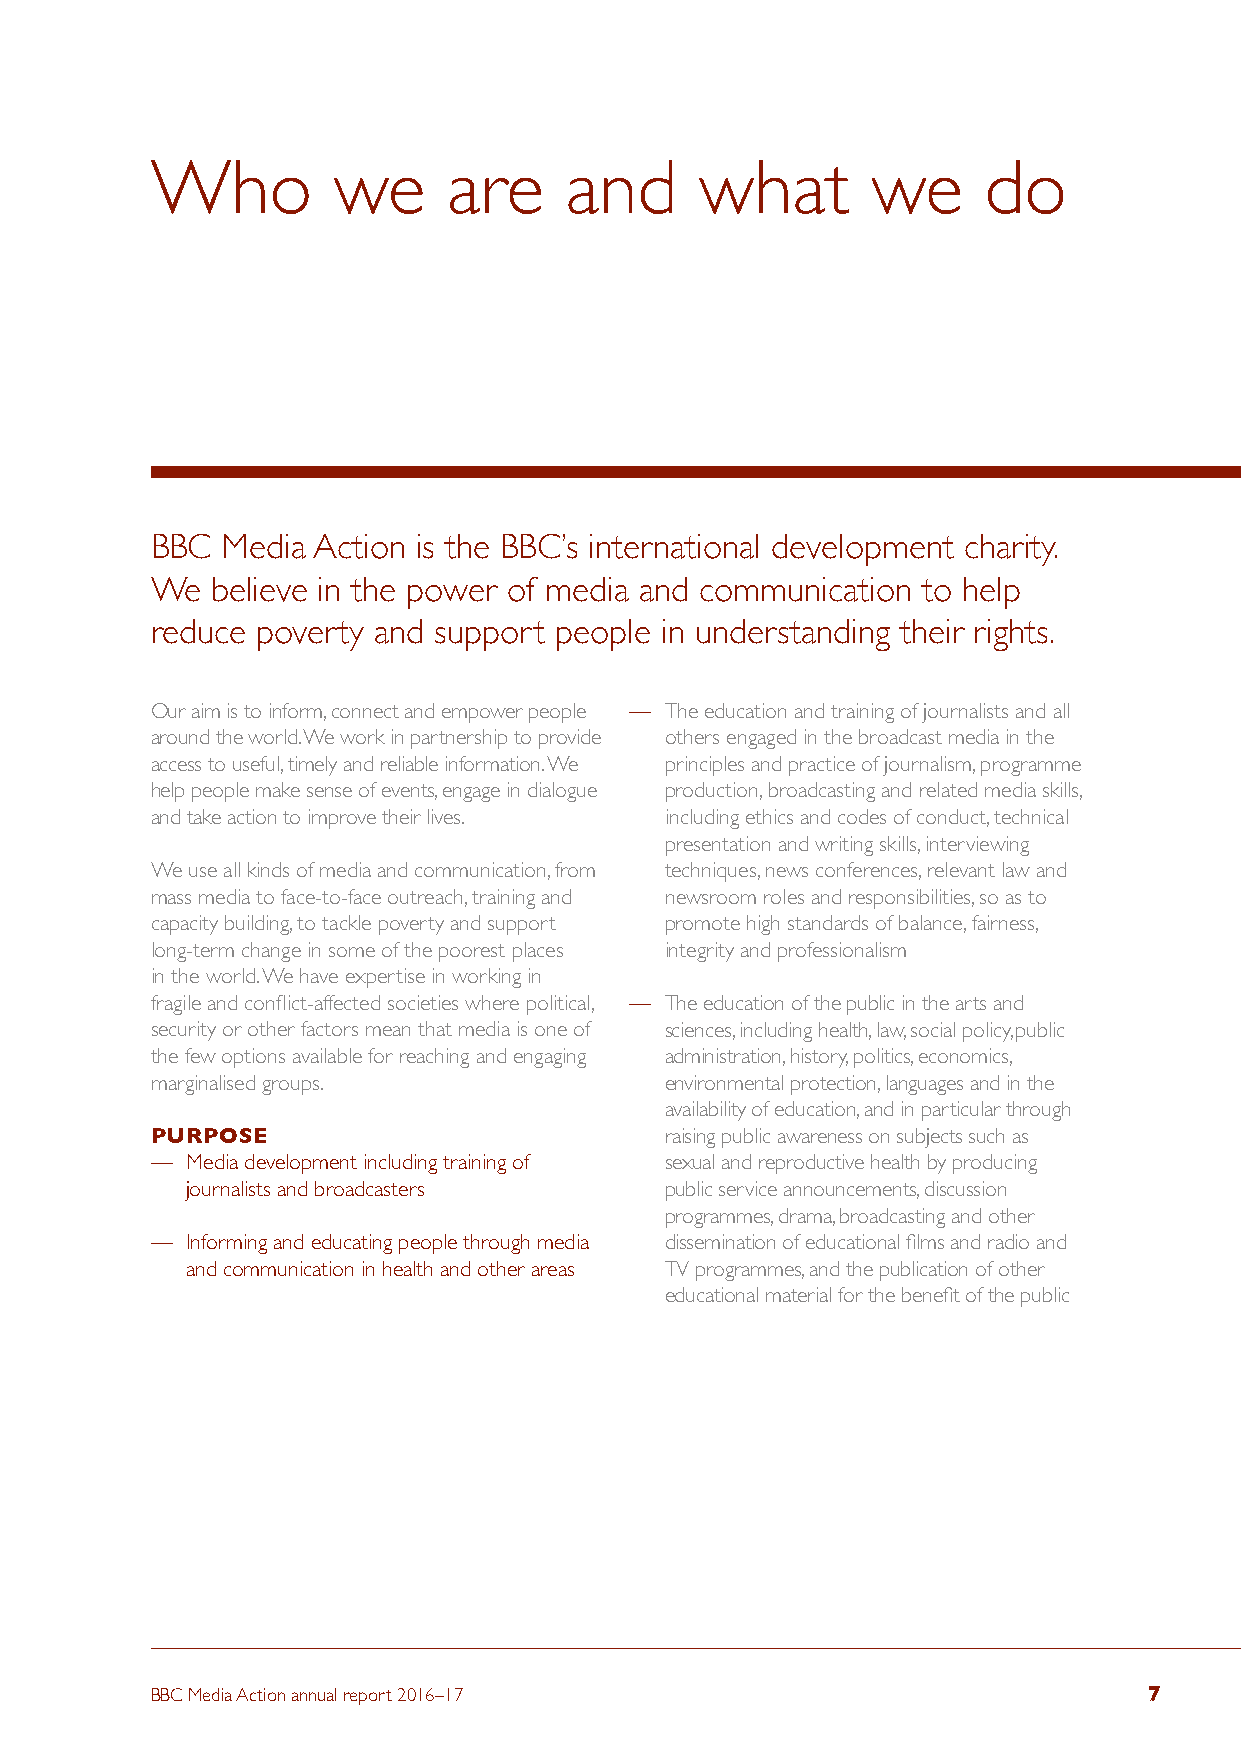
Who         we      are    and      what        we     do
 BBC  Media Action is the BBC’s international development charity.
 We  believe in the power of media and communication to help
 reduce poverty and support people in understanding their rights.
 Our aim is to inform, connect and empower people — The education and training of journalists and all
 around the world. We work in partnership to provide others engaged in the broadcast media in the
 access to useful, timely and reliable information. We principles and practice of journalism, programme
 help people make sense of events, engage in dialogue production, broadcasting and related media skills,
 and take action to improve their lives. including ethics and codes of conduct, technical
 presentation and writing skills, interviewing
 We use all kinds of media and communication, from techniques, news conferences, relevant law and
 mass media to face-to-face outreach, training and newsroom roles and responsibilities, so as to
 capacity building, to tackle poverty and support promote high standards of balance, fairness,
 long-term change in some of the poorest places integrity and professionalism
 in the world. We have expertise in working in
 fragile and conflict-affected societies where political, — The education of the public in the arts and
 security or other factors mean that media is one of sciences, including health, law, social policy, public
 the few options available for reaching and engaging administration, history, politics, economics,
 marginalised groups.              environmental protection, languages and in the
 availability of education, and in particular through
 PURPOSE                           raising public awareness on subjects such as
 — Media development including training of sexual and reproductive health by producing
 journalists and broadcasters    public service announcements, discussion
 programmes, drama, broadcasting and other
 — Informing and educating people through media dissemination of educational films and radio and
 and communication in health and other areas TV programmes, and the publication of other
 educational material for the benefit of the public
 BBC Media Action annual report 2016–17                            7